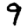
Digit: 9